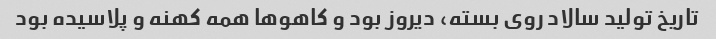
تاریخ تولید سالاد روی بسته، دیروز بود و کاهوها همه کهنه و پلاسیده بود